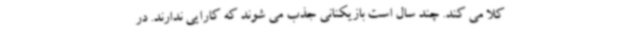
کلاً می کند. چند سال است بازیکنانی جذب می شوند که کارایی ندارند. در